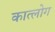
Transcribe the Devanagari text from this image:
कात्लोग